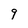
Character: 9